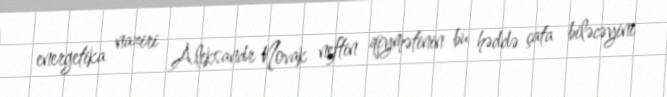
energetika naziri Aleksandr Novak neftin qiymətinin bu həddə çata biləcəyini